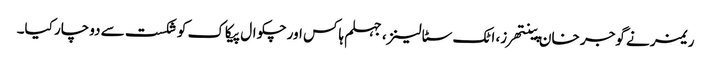
ریمز نے گوجر خان پینتھرز، اٹک سٹالینز، جہلم ہاکس اور چکوال پیکاک کو شکست سے دوچار کیا۔